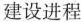
建设进程